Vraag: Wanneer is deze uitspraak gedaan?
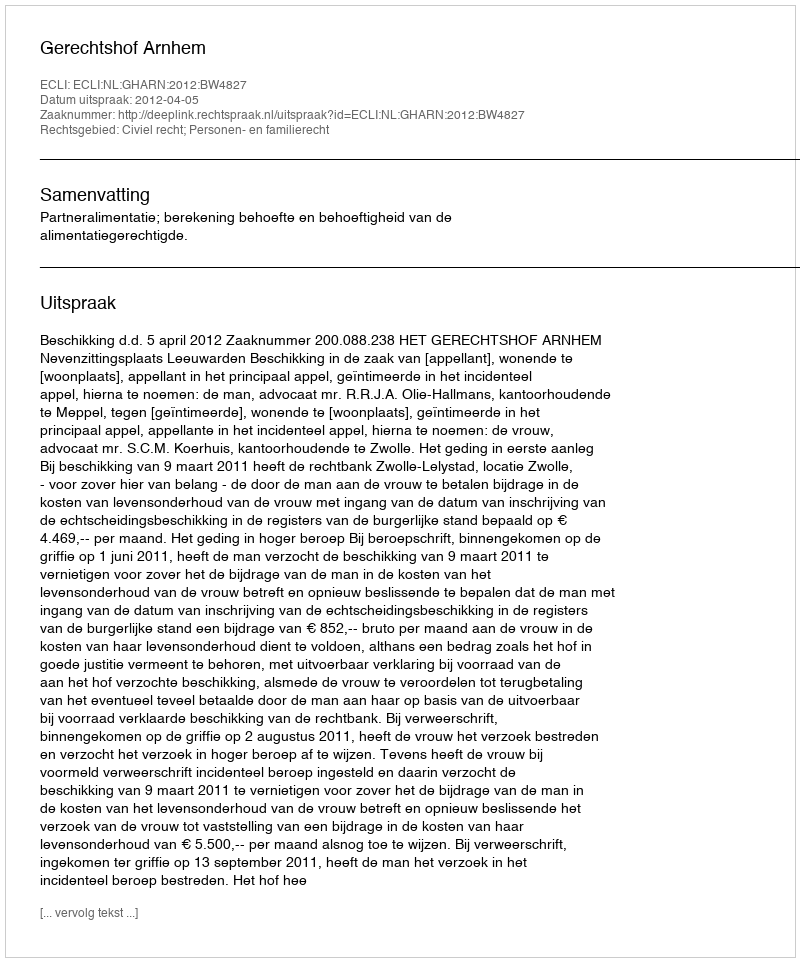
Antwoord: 2012-04-05